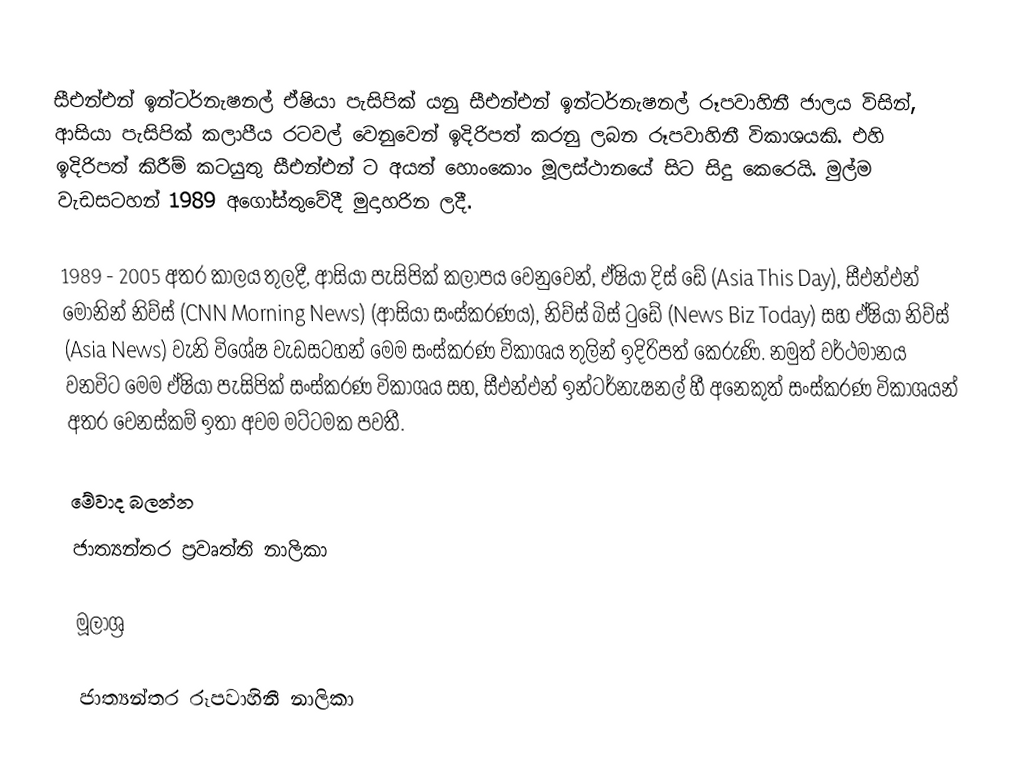
සීඑන්එන් ඉන්ටර්නැෂනල් ඒෂියා පැසිපික් යනු සීඑන්එන් ඉන්ටර්නැෂනල් රූපවාහිනී ජාලය විසින්, ආසියා පැසිපික් කලාපීය රටවල් වෙනුවෙන් ඉදිරිපත් කරනු ලබන රූපවාහිනී විකාශයකි. එහි ඉදිරිපත් කිරීම් කටයුතු සීඑන්එන් ට අයත් හොංකොං මූලස්ථානයේ සිට සිදු කෙරෙයි. මුල්ම වැඩසටහන් 1989 අගෝස්තුවේදී මුදාහරින ලදී.

1989 - 2005 අතර කාලය තුලදී, ආසියා පැසිපික් කලාපය වෙනුවෙන්, ඒෂියා දිස් ඩේ (Asia This Day), සීඑන්එන් මෝනින් නිව්ස් (CNN Morning News) (ආසියා සංස්කරණය), නිව්ස් බිස් ටුඩේ (News Biz Today) සහ ඒෂියා නිව්ස් (Asia News) වැනි විශේෂ වැඩසටහන් මෙම සංස්කරණ විකාශය තුලින් ඉදිරිපත් කෙරුණි. නමුත් වර්ථමානය වනවිට මෙම ඒෂියා පැසිපික් සංස්කරණ විකාශය සහ, සීඑන්එන් ඉන්ටර්නැෂනල් හී අනෙකුත් සංස්කරණ විකාශයන් අතර වෙනස්කම් ඉතා අවම මට්ටමක පවතී.

මේවාද බලන්න
 ජාත්‍යන්තර ප්‍රවෘත්ති නාලිකා

මූලාශ්‍ර

ජාත්‍යන්තර රූපවාහිනී නාලිකා